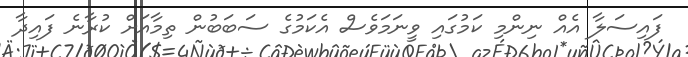
ފައިސަލާ އެއް ނިންމި ކަމުގައި ވީނަމަވެސް އެކަމުގެ ސަބަބުން ތިމާއަށް ކުރާނެ ފައިދާ